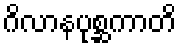
ဂိလာနပုစ္ဆကာတိ